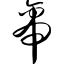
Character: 帝